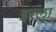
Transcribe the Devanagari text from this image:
इरला